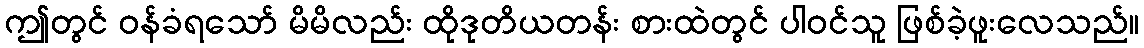
ဤတွင် ဝန်ခံရသော် မိမိလည်း ထိုဒုတိယတန်း စားထဲတွင် ပါဝင်သူ ဖြစ်ခဲ့ဖူးလေသည်။